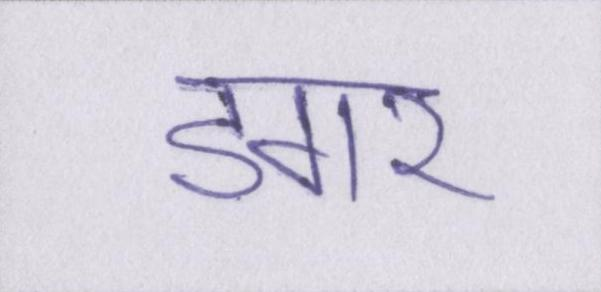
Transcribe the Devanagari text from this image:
डगर